Lunatic asylums Punjab 1881-1894 - 1881-1894
Year: 1881
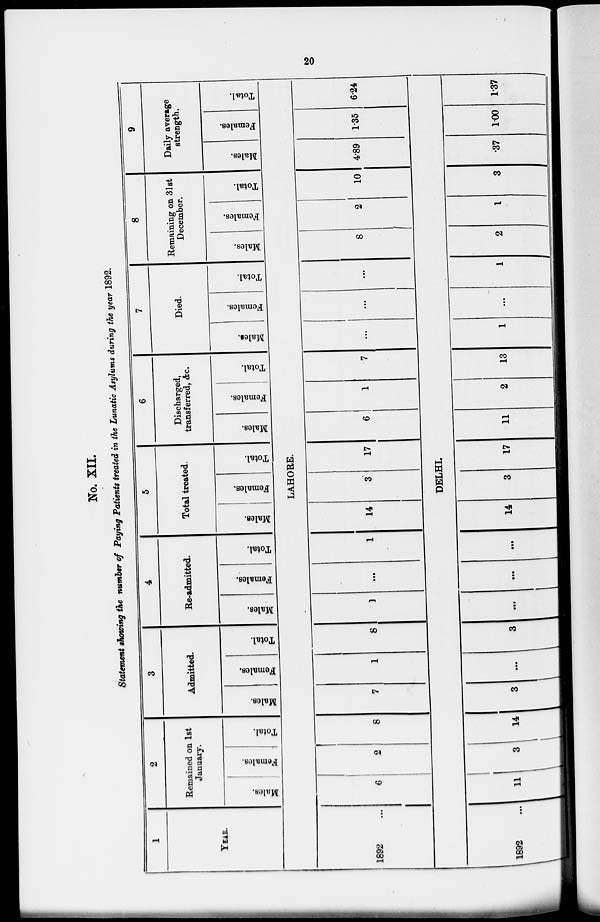
20
Statement showing the number of Paying Patients treated in the Lunatic Asylums during the year 1892.
1
YEAR.
2
Remained on 1st
January.
Males.
Females.
Total.
3
Admitted.
Males.
Females.
Total.
4
Re-admitted.
Males.
Females.
Total.
5
Total treated.
Males.
Females.
Total.
6
Discharged,
transferred, &c.
Males.
Females.
Total.
7
Died.
Males.
Females.
Total.
8
Remaining on 31st
December.
Males.
Females.
Total.
9
Daily average
strength.
Males.
Females.
Total.
LAHORE.
1892
...
6
2
8
7
1
8
1
...
1
14
3
17
6
1
7
...
...
...
8
2
10 4.89 1.35 6.24
DELHI.
1892 ...
11
3
14
3
...
3
...
...
...
14
3
17
11
2
13
1
...
1
2
1
3
.37 1.00 1.37